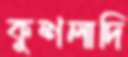
কুশলাদি